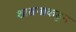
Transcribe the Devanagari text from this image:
शासनाकडुन